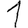
Digit: 1